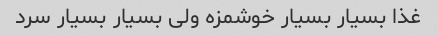
غذا بسیار بسیار خوشمزه ولی بسیار بسیار سرد